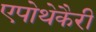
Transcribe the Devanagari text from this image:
एपोथेकैरी